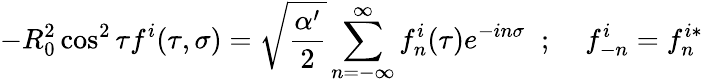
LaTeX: -R_{0}^{2}\cos^{2}\tau f^{i}(\tau,\sigma)=\sqrt{\frac{\alpha^{\prime}}{2}}\sum_{n=-\infty}^{\infty}f_{n}^{i}(\tau)e^{-in\sigma}\; \; ;\; \; \; \; f_{-n}^{i}=f_{n}^{i*}